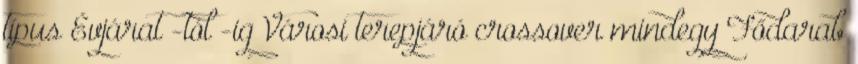
típus Évjárat -tól -ig Városi terepjáró crossover mindegy Fődarab